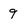
Character: 9